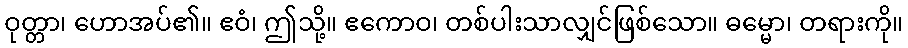
ဝုတ္တာ၊ ဟောအပ်၏။ ဧဝံ၊ ဤသို့။ ဧကောဝ၊ တစ်ပါးသာလျှင်ဖြစ်သော။ ဓမ္မော၊ တရားကို။